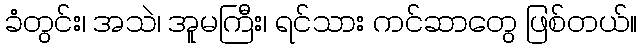
ခံတွင်း၊ အသဲ၊ အူမကြီး၊ ရင်သား ကင်ဆာတွေ ဖြစ်တယ်။